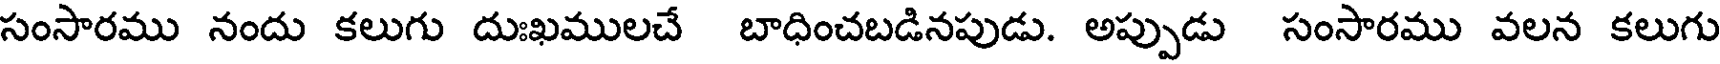
సంసారము నందు కలుగు దుఃఖములచే బాధించబడినపుడు. అప్పుడు సంసారము వలన కలుగు